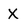
Character: X